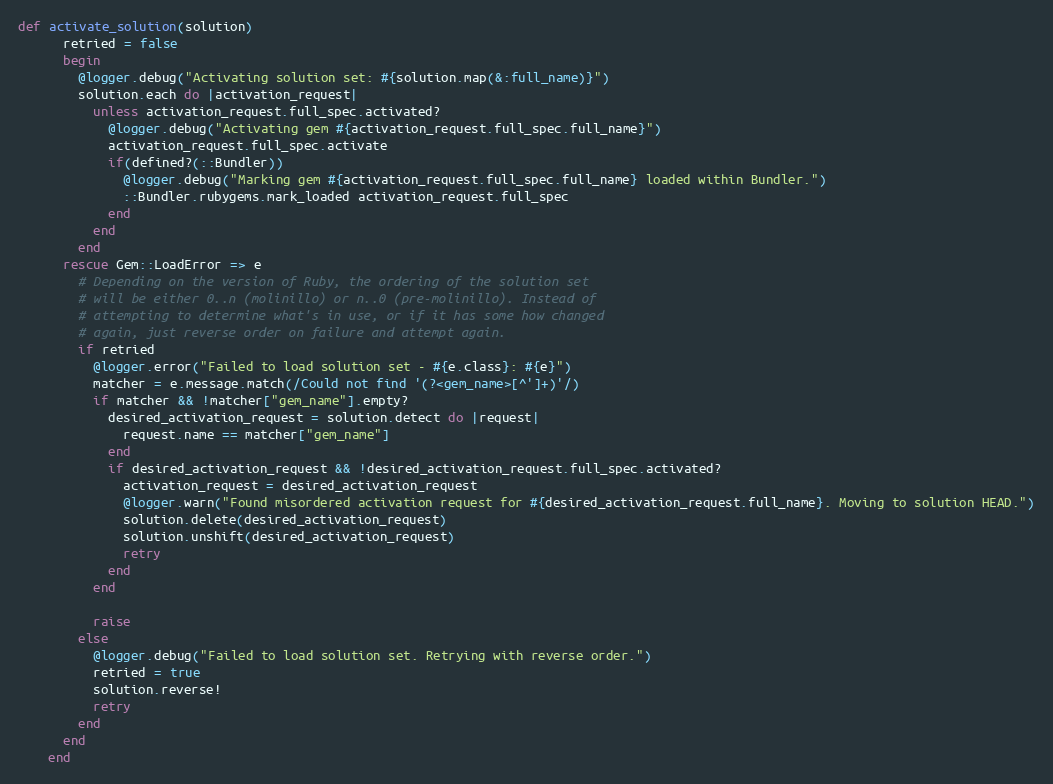
Language: Ruby
def activate_solution(solution)
      retried = false
      begin
        @logger.debug("Activating solution set: #{solution.map(&:full_name)}")
        solution.each do |activation_request|
          unless activation_request.full_spec.activated?
            @logger.debug("Activating gem #{activation_request.full_spec.full_name}")
            activation_request.full_spec.activate
            if(defined?(::Bundler))
              @logger.debug("Marking gem #{activation_request.full_spec.full_name} loaded within Bundler.")
              ::Bundler.rubygems.mark_loaded activation_request.full_spec
            end
          end
        end
      rescue Gem::LoadError => e
        # Depending on the version of Ruby, the ordering of the solution set
        # will be either 0..n (molinillo) or n..0 (pre-molinillo). Instead of
        # attempting to determine what's in use, or if it has some how changed
        # again, just reverse order on failure and attempt again.
        if retried
          @logger.error("Failed to load solution set - #{e.class}: #{e}")
          matcher = e.message.match(/Could not find '(?<gem_name>[^']+)'/)
          if matcher && !matcher["gem_name"].empty?
            desired_activation_request = solution.detect do |request|
              request.name == matcher["gem_name"]
            end
            if desired_activation_request && !desired_activation_request.full_spec.activated?
              activation_request = desired_activation_request
              @logger.warn("Found misordered activation request for #{desired_activation_request.full_name}. Moving to solution HEAD.")
              solution.delete(desired_activation_request)
              solution.unshift(desired_activation_request)
              retry
            end
          end

          raise
        else
          @logger.debug("Failed to load solution set. Retrying with reverse order.")
          retried = true
          solution.reverse!
          retry
        end
      end
    end